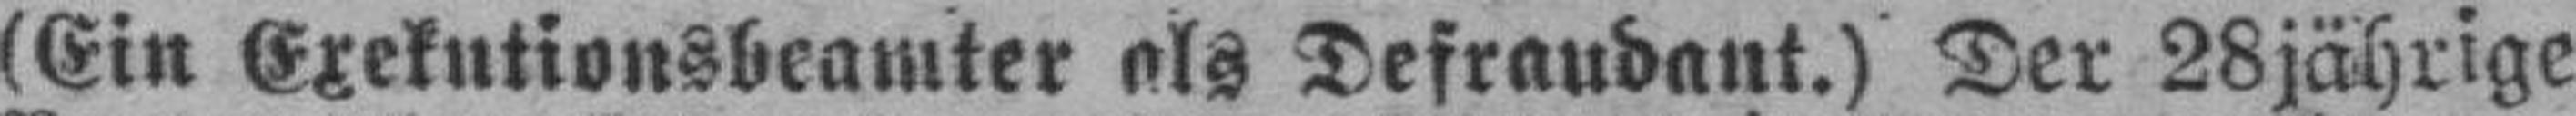
(Ein Exekutionsbeamter als Defraudant.) Der 28jährige